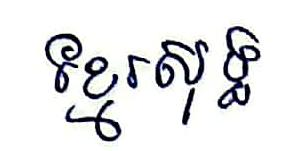
ខ្មែរសុទ្ធ